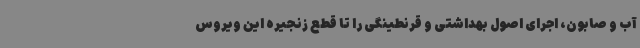
آب و صابون، اجرای اصول بهداشتی و قرنطینگی را تا قطع زنجیره این ویروس